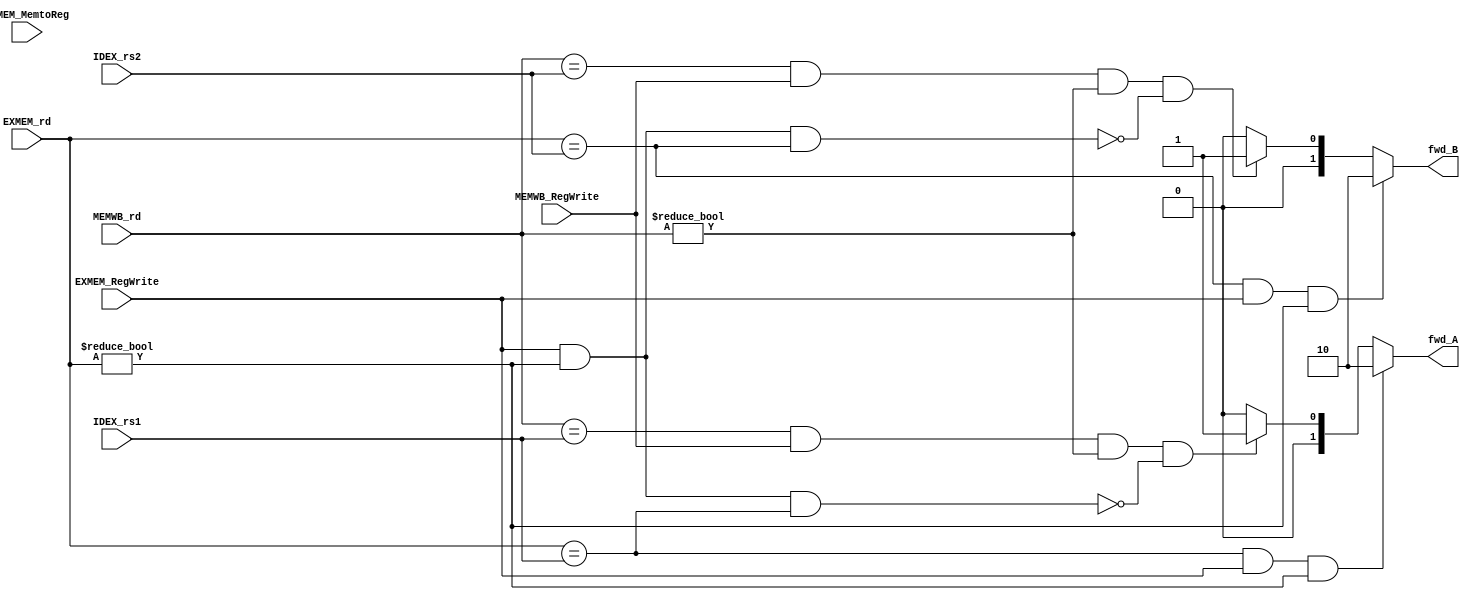
`timescale 1ns / 1ps
//////////////////////////////////////////////////////////////////////////////////
// Company: 
// Engineer: 
// 
// Design Name: 
// Module Name: Fowarding_Unit
// Project Name: 
// Target Devices: 
// Tool Versions: 
// Description: 
// 
// Dependencies: 
// 
// Revision:
// Revision 0.01 - File Created
// Additional Comments:
// 
//////////////////////////////////////////////////////////////////////////////////


module Fowarding_Unit(
    input [4:0] EXMEM_rd, MEMWB_rd,
    input [4:0] IDEX_rs1, IDEX_rs2,
    input EXMEM_RegWrite, EXMEM_MemtoReg,
    input MEMWB_RegWrite,

    output reg [1:0] fwd_A, fwd_B
);

always @(*) begin
    // forwarding for operand A
    if (EXMEM_rd == IDEX_rs1 && EXMEM_RegWrite && EXMEM_rd != 0) begin
        fwd_A = 2'b10;  // forward value from the EX/MEM stage
    end 
    else if ((MEMWB_rd == IDEX_rs1) && MEMWB_RegWrite && (MEMWB_rd != 0) &&
               !(EXMEM_RegWrite && (EXMEM_rd != 0) && (EXMEM_rd == IDEX_rs1))) begin
        fwd_A = 2'b01;  // forward value from the MEM/WB stage
    end 
    else begin
        fwd_A = 2'b00;  // No forwarding for operand A
    end
    
    // forwarding for operand B
    if ((EXMEM_rd == IDEX_rs2) && EXMEM_RegWrite && EXMEM_rd != 0) begin
        fwd_B = 2'b10;  // forward value from the EX/MEM stage
    end
    else if ((MEMWB_rd == IDEX_rs2) && (MEMWB_RegWrite == 1) && (MEMWB_rd != 0) &&
               !(EXMEM_RegWrite && (EXMEM_rd != 0) && (EXMEM_rd == IDEX_rs2))) begin
        fwd_B = 2'b01;  // forward value from the MEM/WB  stage
    end
    else begin
        fwd_B = 2'b00;  // No forwarding for operand B
    end
end

endmodule